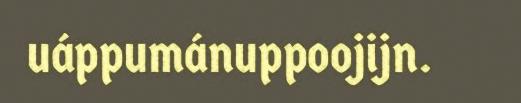
uáppumánuppoojijn.